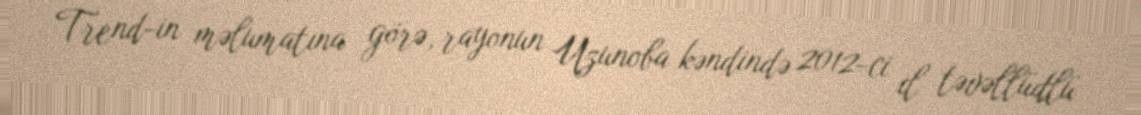
Trend-in məlumatına görə, rayonun Uzunoba kəndində 2012-ci il təvəllüdlü